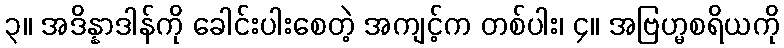
၃။ အဒိန္နာဒါန်ကို ခေါင်းပါးစေတဲ့ အကျင့်က တစ်ပါး၊ ၄။ အဗြဟ္မစရိယကို